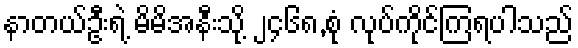
နာတယ်ဦးရဲ့ မိမိအနီးသို့ ၂၄၆၈,စုံ လုပ်ကိုင်ကြရပါသည်